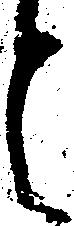
と